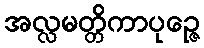
အလ္လမတ္တိကာပုဉ္ဇေ